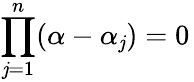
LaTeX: \prod_{\mathit{j}=1}^{n}(\alpha-\alpha_{\mathit{j}})=0\,